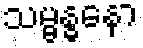
သမ္ဗန္ဓနော